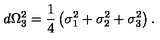
d \Omega _ { 3 } ^ { 2 } = \frac { 1 } { 4 } \left( \sigma _ { 1 } ^ { 2 } + \sigma _ { 2 } ^ { 2 } + \sigma _ { 3 } ^ { 2 } \right) .